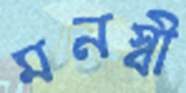
মনস্বী